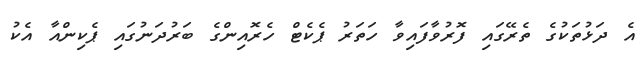
އެ ދަޅުތަކުގެ ތެރޭގައި ފޮރުވާފައިވާ ހަތަރު ޕެކެޓް ހެރޮއިންގެ ބަރުދަނުގައި ޕެކިންއާ އެކު